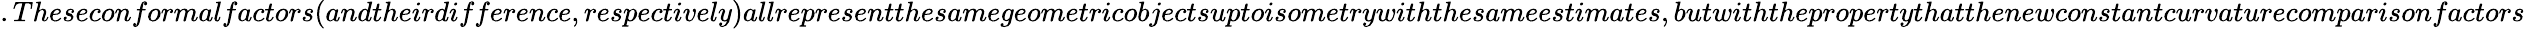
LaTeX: .Theseconformalfactors(andtheirdifference,respectively)allrepresentthesamegeometricobjectsuptoisometrywiththesameestimates,butwiththepropertythatthenewconstantcurvaturecomparisonfactors